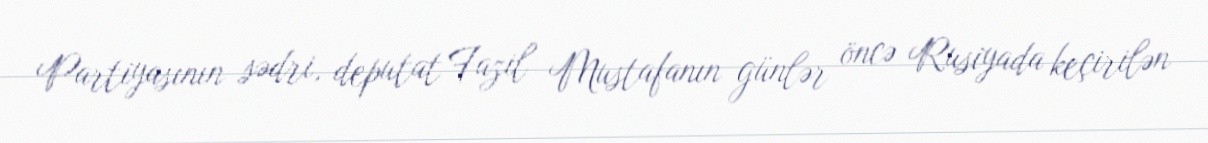
Partiyasının sədri, deputat Fazil Mustafanın günlər öncə Rusiyada keçirilən